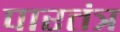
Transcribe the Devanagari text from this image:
पारतंत्र